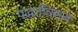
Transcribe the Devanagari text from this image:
पद्धतींवरून